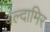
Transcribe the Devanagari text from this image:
वल्दामिर